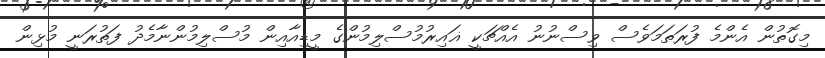
މިގޮތުން އެންމެ ފުރަތަމަވެސް ވިސްނުނު އެއްޗަކީ ޣައިރުމުސްލިމުންގެ މީޑިއާއިން މުސްލިމުންނާމެދު ފަތުރަނީ މުޅިން